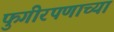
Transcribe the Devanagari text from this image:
फुगीरपणाच्या